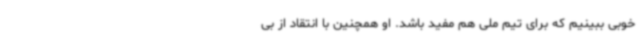
خوبی ببینیم که برای تیم ملی هم مفید باشد. او همچنین با انتقاد از بی